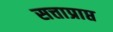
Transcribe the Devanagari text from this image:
सत्ताप्राप्त